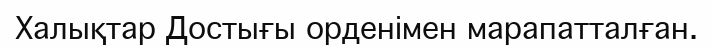
Халықтар Достығы орденімен марапатталған.